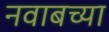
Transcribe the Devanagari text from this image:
नवाबच्या